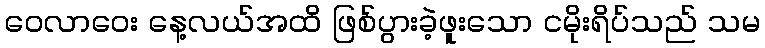
ဝေလာဝေး နေ့လယ်အထိ ဖြစ်ပွားခဲ့ဖူးသော ငမိုးရိပ်သည် သမ